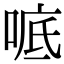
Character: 𫪭